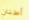
أطنان